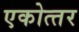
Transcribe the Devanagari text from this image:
एकोत्‍तर